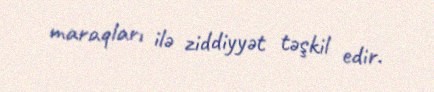
maraqları ilə ziddiyyət təşkil edir.